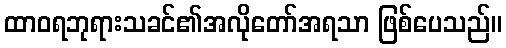
ထာဝရဘုရားသခင်၏အလိုတော်အရသာ ဖြစ်ပေသည်။